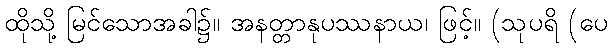
ထိုသို့ မြင်သောအခါ၌။ အနတ္တာနုပဿနာယ၊ ဖြင့်။ (သုပရိ (ပေ